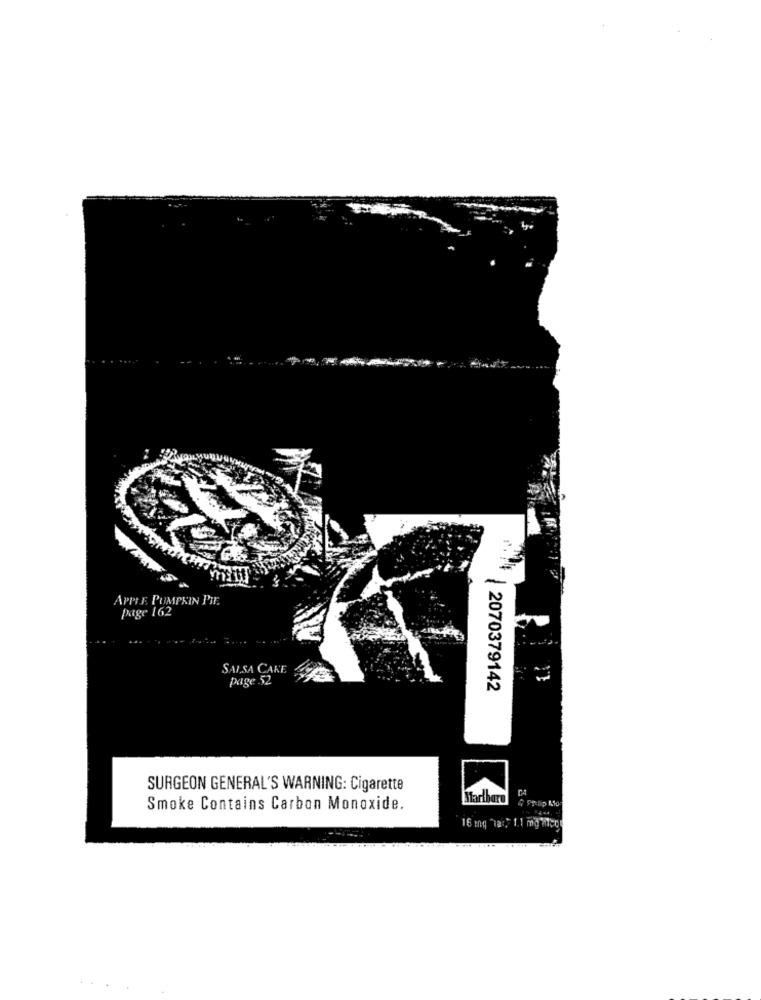
APPLE PUMPKIN PIE.
page 162
SAISA CAKE
page 52
2070379142
SURGEON GENERAL'S WARNING: Cigarette
Martharo
Smoke Contains Carbon Monoxide.
16 mg "1a :, 1.1 my mico